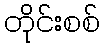
တိုင်းစစ်